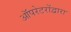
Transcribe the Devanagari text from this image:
ऑपरेटरोंद्वारा